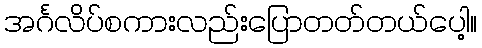
အင်္ဂလိပ်စကားလည်းပြောတတ်တယ်ပေါ့။